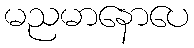
မညမာနောပေ